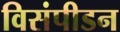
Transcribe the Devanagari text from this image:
विसंपीडन